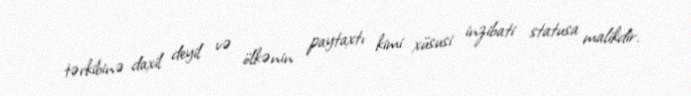
tərkibinə daxil deyil və ölkənin paytaxtı kimi xüsusi inzibati statusa malikdir.